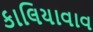
કાલિયાવાવ